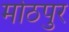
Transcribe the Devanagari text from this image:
मोठपुर